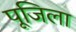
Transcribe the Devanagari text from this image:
पूजिला